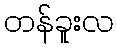
တန်ခူးလ